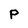
Character: P